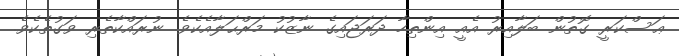
ޢަސްކަރީ ގޮތުން ބަލާއިރު އެއީ އިންތިހާ ދަރަޖައިގެ ނާޒުކު މަރްޙަލާއެކެވެ. ނުރައްކާތެރި ވަގުތެކެވެ.